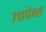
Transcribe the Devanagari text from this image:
७०पेक्षा